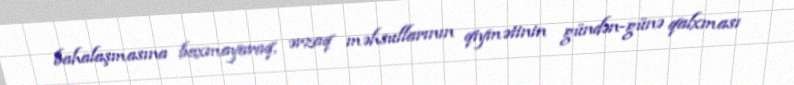
bahalaşmasına baxmayaraq, ərzaq məhsullarının qiymətinin gündən-günə qalxması